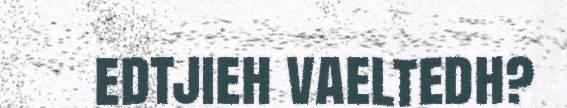
edtjieh vaeltedh?